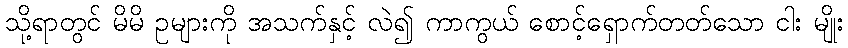
သို့ရာတွင် မိမိ ဥများကို အသက်နှင့် လဲ၍ ကာကွယ် စောင့်ရှောက်တတ်သော ငါး မျိုး